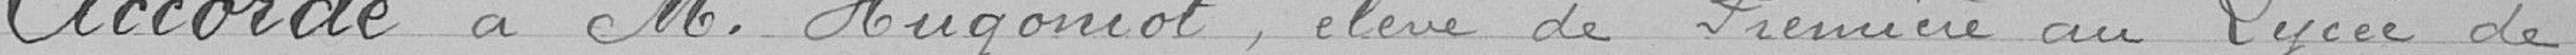
Accorde à M. Hugoniot, élève de Première au Lycée de